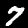
Digit: 7